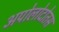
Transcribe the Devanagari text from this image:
अपोलोदोतस